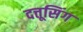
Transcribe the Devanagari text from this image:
दत्तूसिंग